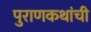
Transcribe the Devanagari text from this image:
पुराणकथांची